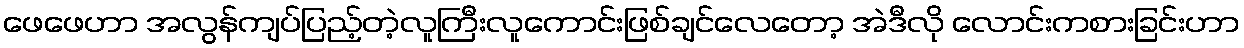
ဖေဖေဟာ အလွန်ကျပ်ပြည့်တဲ့လူကြီးလူကောင်းဖြစ်ချင်လေတော့ အဲဒီလို လောင်းကစားခြင်းဟာ